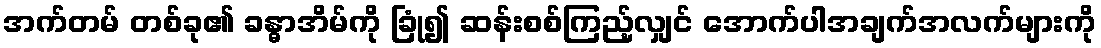
အက်တမ် တစ်ခု၏ ခန္ဓာအိမ်ကို ခြုံ၍ ဆန်းစစ်ကြည့်လျှင် အောက်ပါအချက်အလက်များကို